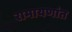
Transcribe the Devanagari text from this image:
रामायणांत